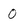
Character: 0